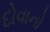
દોવાનો